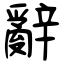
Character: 辭